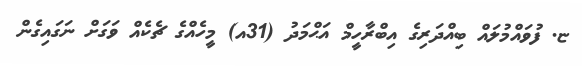
ޏ. ފުވައްމުލައް ބިއްދަރިގެ އިބްރާހީމް އަޙްމަދު (31އ) މީހެއްގެ ޗެކެއް ވަގަށް ނަގައިގެން